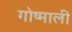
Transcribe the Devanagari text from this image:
गोष्माली